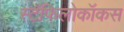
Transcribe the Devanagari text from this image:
स्टॅफिलोकॉकस